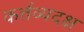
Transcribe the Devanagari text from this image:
कर्त्तव्यदक्ष